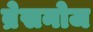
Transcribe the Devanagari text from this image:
ब्रेसनोज